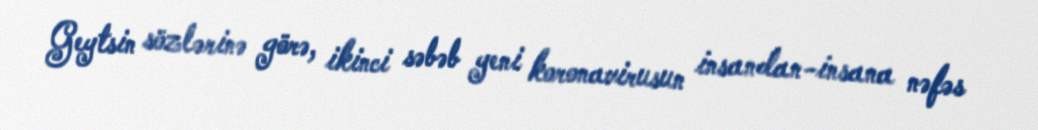
Geytsin sözlərinə görə, ikinci səbəb yeni koronavirusun insandan-insana nəfəs